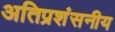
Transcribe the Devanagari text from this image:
अतिप्रशंसनीय